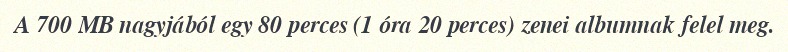
A 700 MB nagyjából egy 80 perces (1 óra 20 perces) zenei albumnak felel meg.